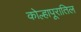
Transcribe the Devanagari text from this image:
कोल्हापूरातिल